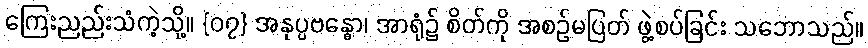
ကြေးညည်းသံကဲ့သို့။ {၀၇} အနုပ္ပဗန္ဓော၊ အာရုံ၌ စိတ်ကို အစဉ်မပြတ် ဖွဲ့စပ်ခြင်း သဘောသည်။